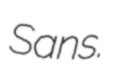
Sans.